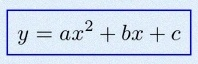
y=ax^2+bx+c